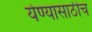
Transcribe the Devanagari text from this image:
येण्यासाठीच